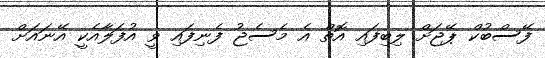
ފޭސްބުކް ޕޭޖަށް ލިބިފައި އޮތް އެ މެސެޖު ފެނިފައި ވީ އުފަލާއެކީ އޭނައަށް